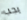
يجب